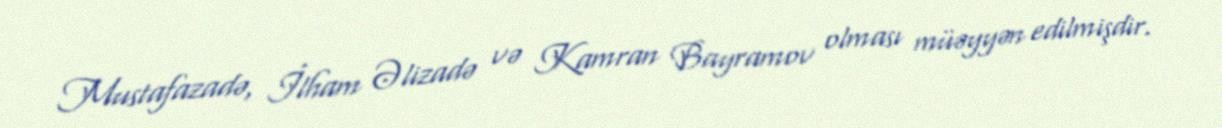
Mustafazadə, İlham Əlizadə və Kamran Bayramov olması müəyyən edilmişdir.